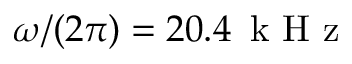
\omega / ( 2 \pi ) = 2 0 . 4 \, \mathrm { ~ k ~ H ~ z ~ }